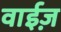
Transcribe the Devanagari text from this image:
वाईज़